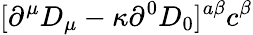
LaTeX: [\partial^{\mu}D_{\mu}-\kappa\partial^{0}D_{0}]^{a\beta}c^{\beta}